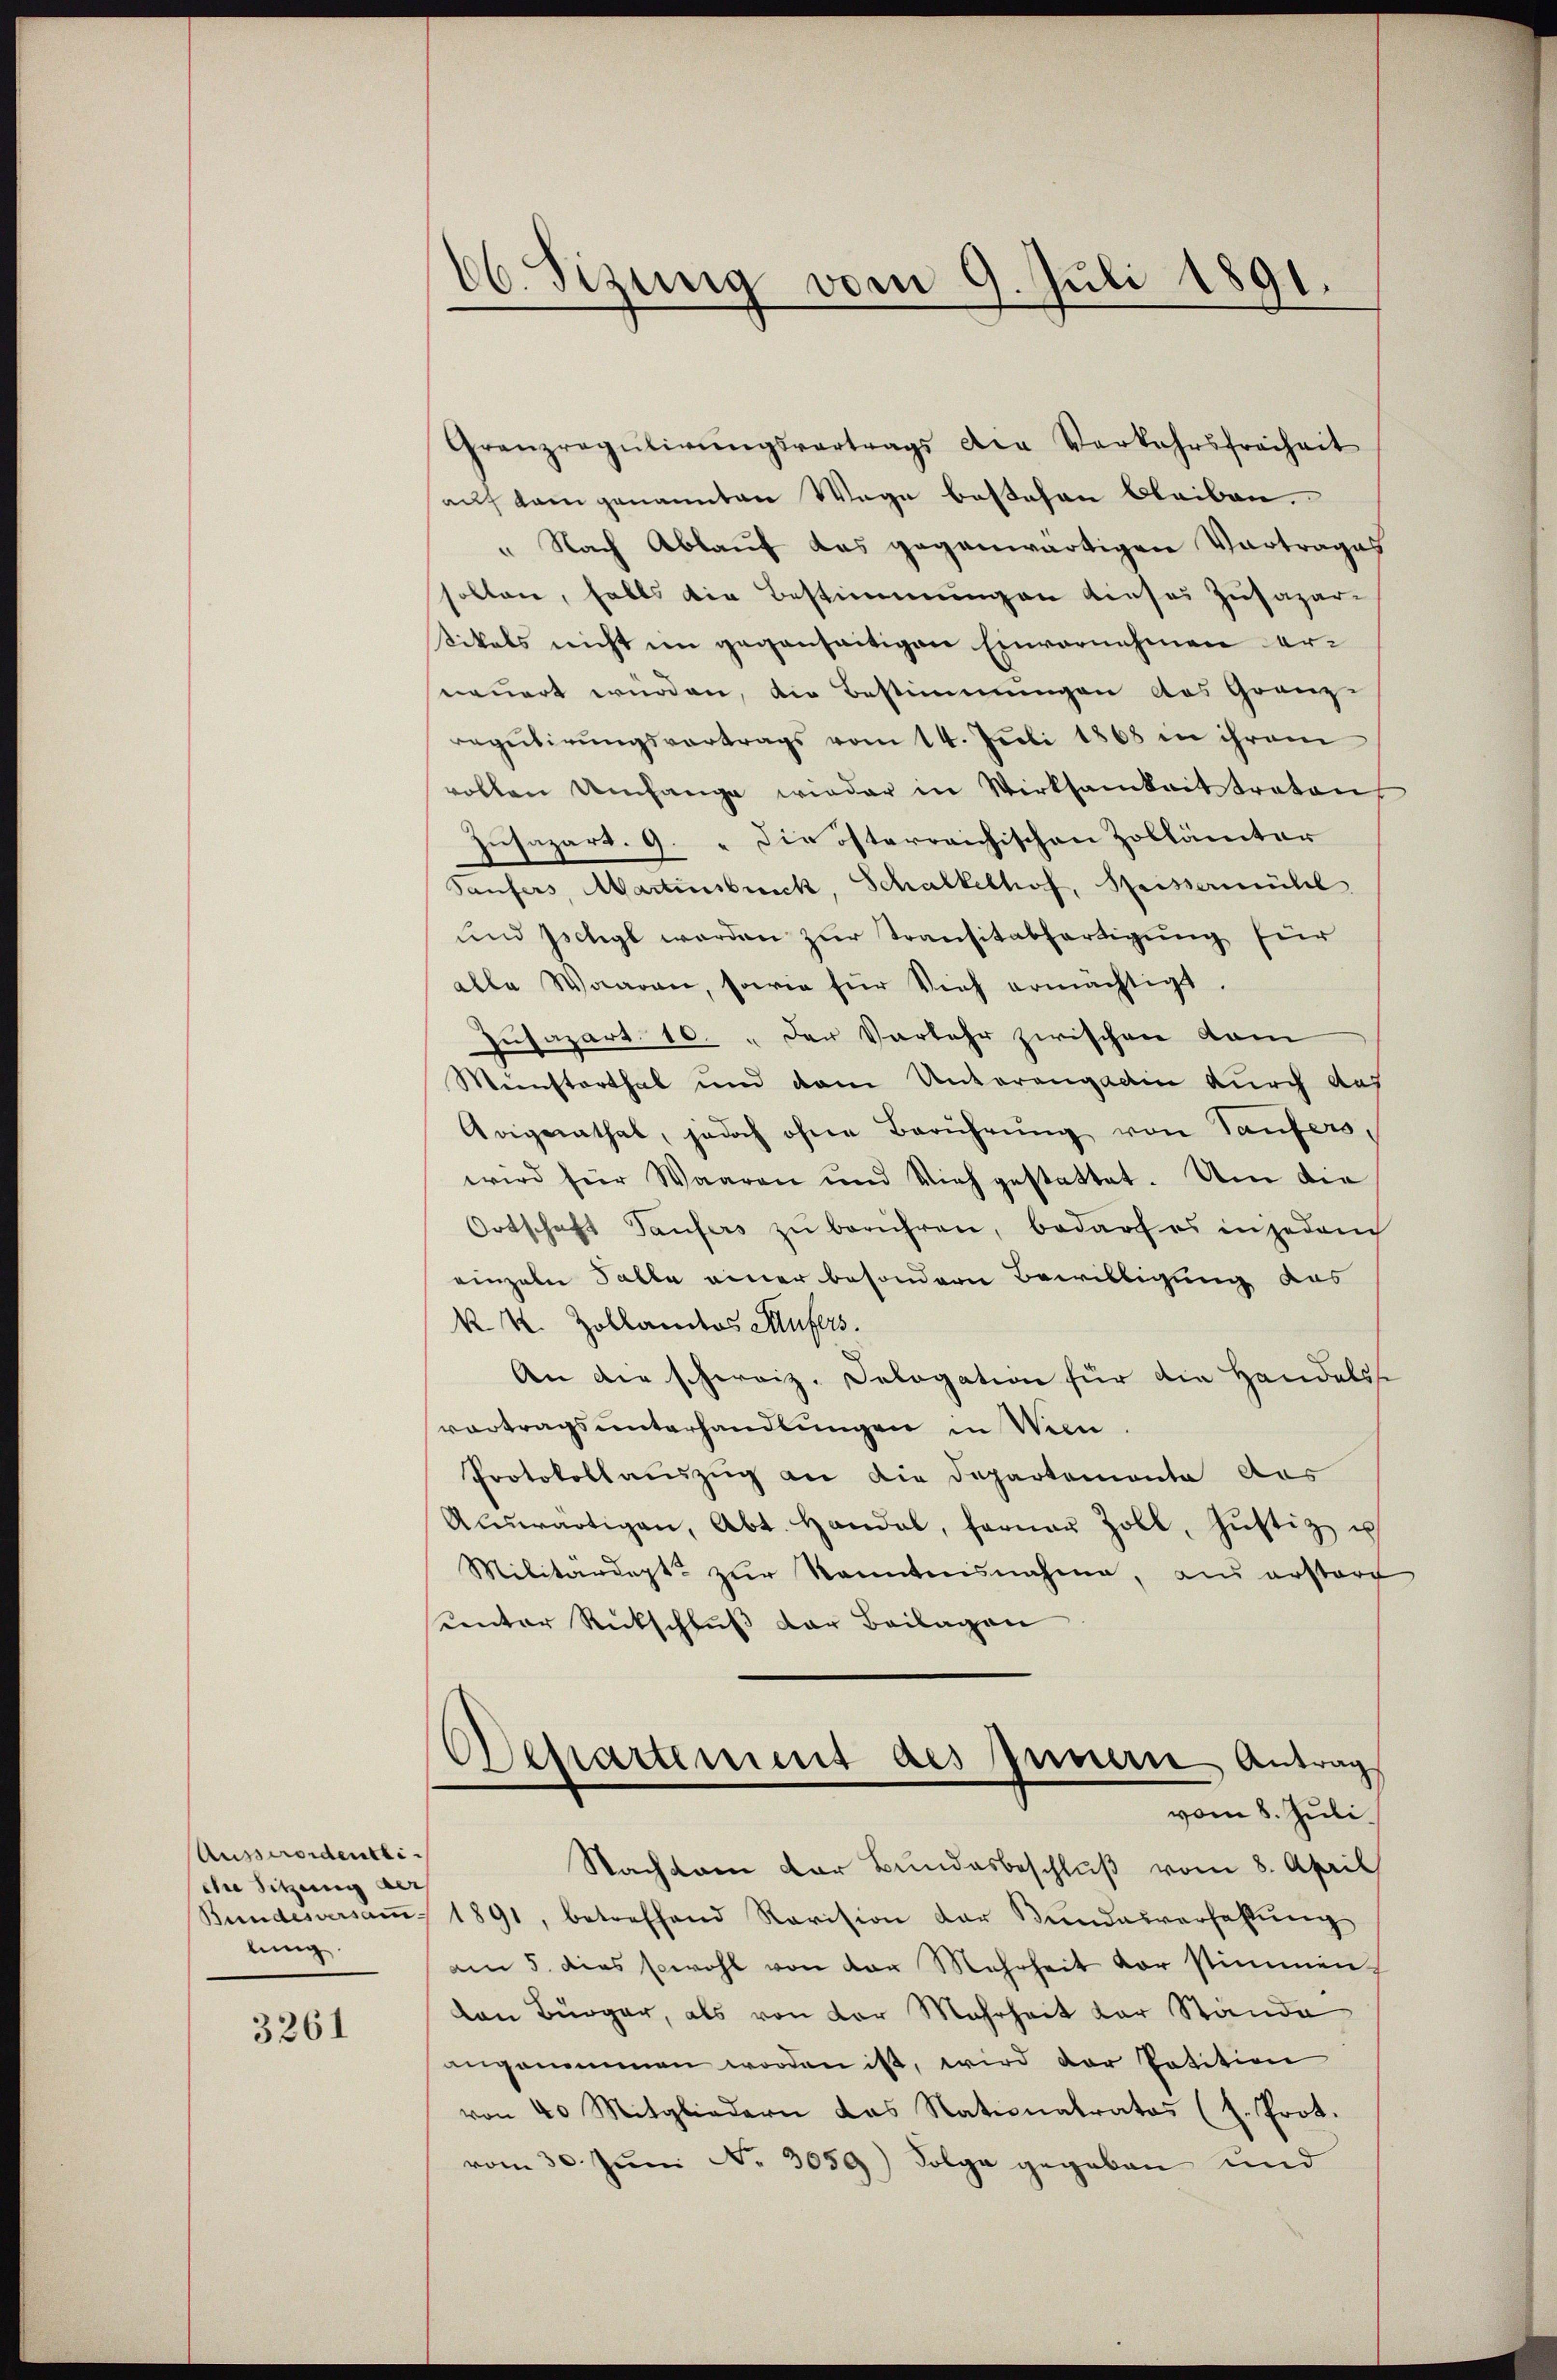
Ausserordentli
An Sitzung auf
Bundesversamlung.

3261

66. Sizung vom 9. Juli 1891.

Granzragŭlirŭngsvertrags die Verkehrsfreiheit
auf kam genannten Wege bestehen bleiben.
" Nach Ablauf das gegenwärtigen Vortrages
sollen, falls die Bestimmungen dieses Zusaparsikals nicht im gegenseitigen Einvernehmen erneuert wurden, die Bestimmungen das Granz-
regulirungsvortrags vom 14. Juli 1868 in ihrem
vollen Umfange wieder in Wirksamkeit traten
Iusapart. 9. " Die österreichischen Zollämter
Saufers, Martinsbruck, Schalkelhof, Speissermühl
und sicht werden zur Transitabfertigung für
alle Waaren, sowie für Vieh ermächtigt.
zusapart. 10. „Der Vorkehr zwischen vom
Münsterthal und dem Unterengadin durch das
Arigerathet, jedoch ohne Berührŭng von Taufers,
wird für Waaren und Vieh gestattet. Um die
Ortschaft Taufers zŭ berühren, bedarf es in jedem
einzeln Salle einer besondern Bewilligung das
N. K. Zollanders Aufers.
d
An die schweiz. Dologation für die Handels-
vortrags unterhandlungen in Wien.
Protokollauszug an die Departemente das
Aerartigen, Abt. Handal, ferner Zoll, Jŭstiz u
Militärdept zur kanntensnahme, aus ersterr
uenter Rückschluß der Beilagen

Departement des Innern Antrag
vom 8. Juli.

Nachten der Bundesbeschluß vom 8. April
1891, betreffend Revision der Bŭndesverfassŭng
am 5. dies sowohl von der Mehrheit vor stimmen-
von Bürger, als von der Mehrheit der Stände
angenommen worden ist, wird der Petition
von 40 Mitgliedern das Nationalrates (s. Prot.
vom 30. Juni No. 3059) Folge gegeben und